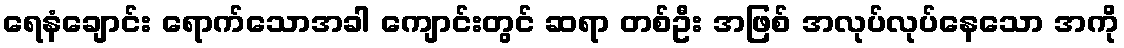
ရေနံချောင်း ရောက်သောအခါ ကျောင်းတွင် ဆရာ တစ်ဦး အဖြစ် အလုပ်လုပ်နေသော အကို